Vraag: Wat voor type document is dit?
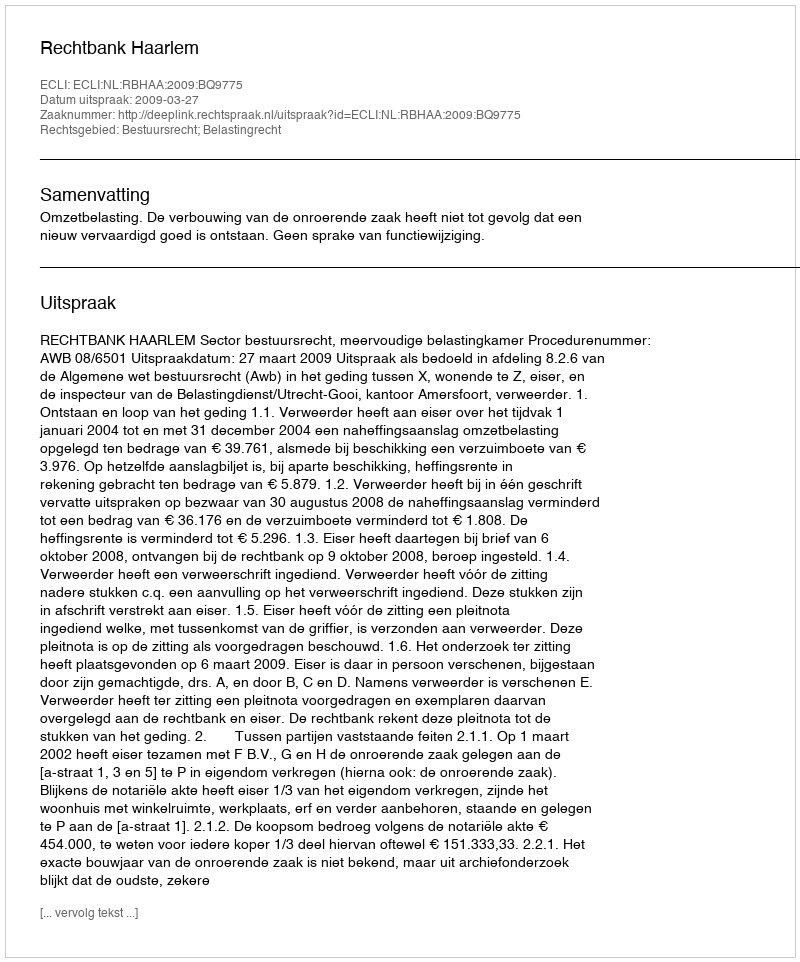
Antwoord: Uitspraak